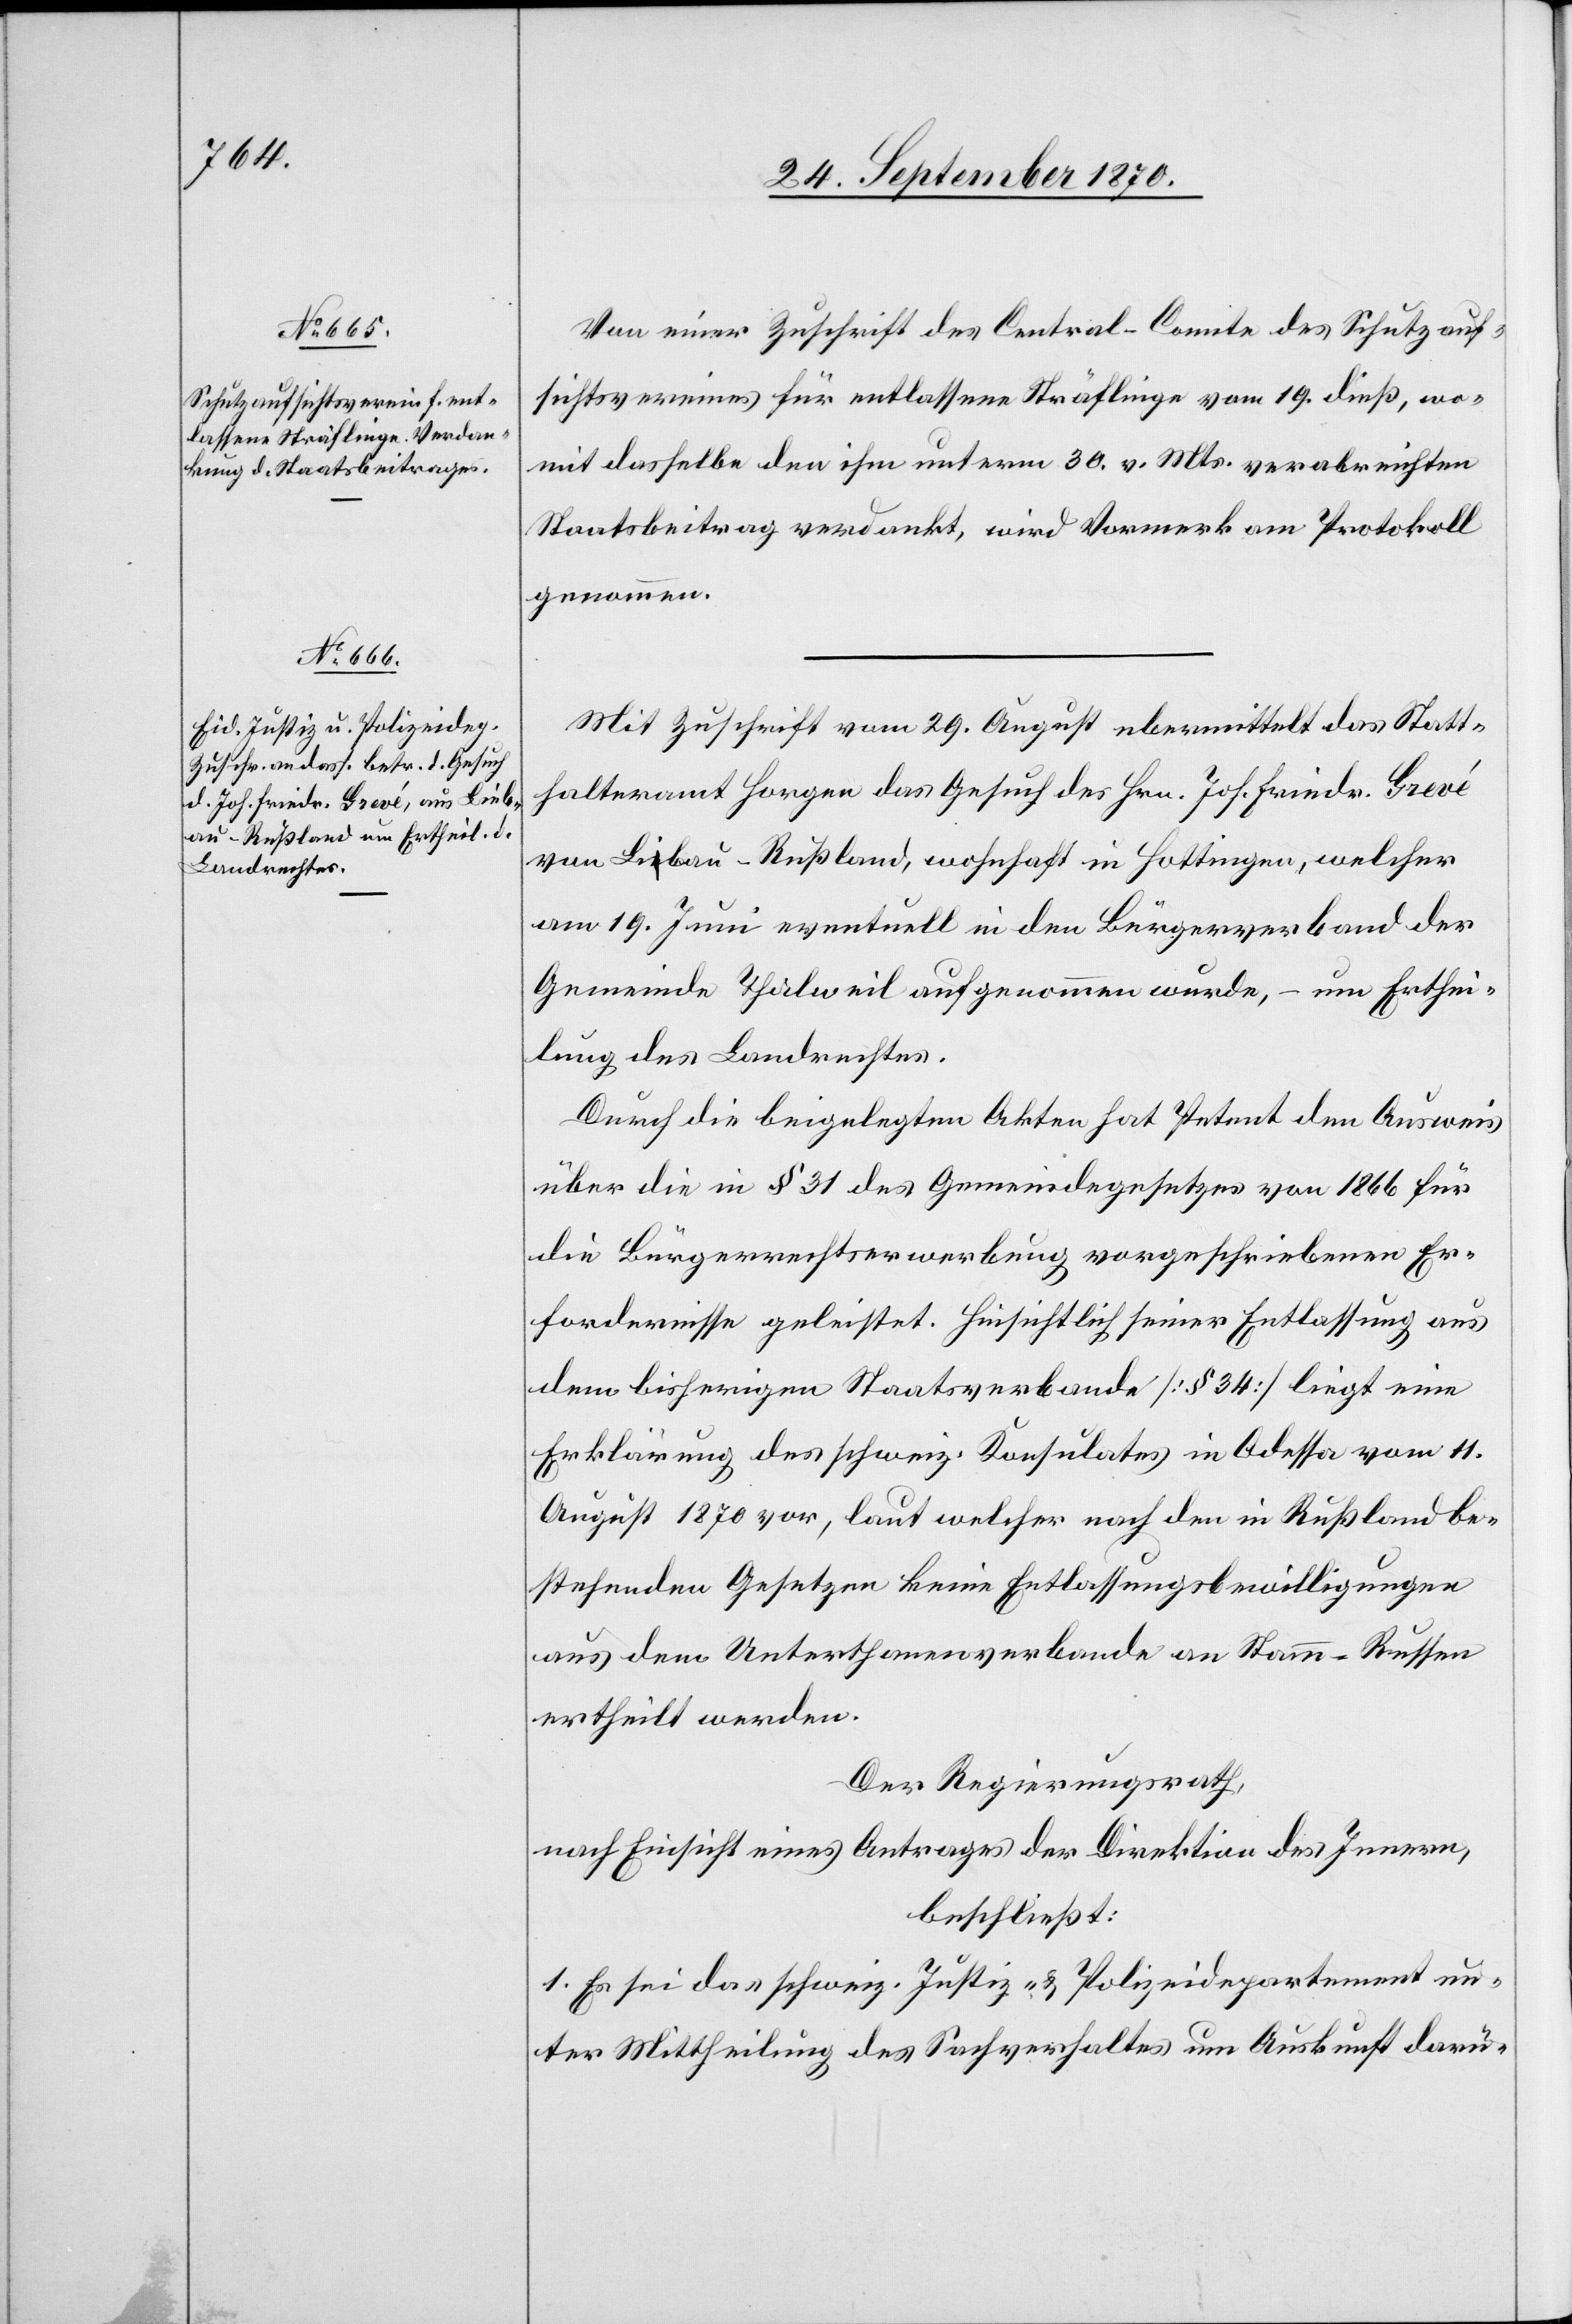
Von einer Zuschrift des Central-Comite des Schutzauf¬
sichtsvereines für entlassene Sträflinge vom 19. dieß, wo¬
mit dasselbe den ihm unterm 30. v. Mts. verabreichten
Staatsbeitrag verdankt, wird Vormerk am Protokoll
genommen.
Mit Zuschrift vom 29. August übermittelt das Statt¬
halteramt Horgen das Gesuch des Hrn. Joh. Friedr. Grevé
von Libau [sic!] - Rußland, wohnhaft in Hottingen, welcher
am 19. Juni eventuell in den Bürgerverband der
Gemeinde Thalweil aufgenommen wurde, – um Erthei¬
lung des Landrechtes.
Durch die beigelegten Akten hat Petent den Ausweis
über die in § 31 des Gemeindegesetzes von 1866 für
die Bürgerrechtserwerbung vorgeschriebenen Er¬
fordernisse geleistet. Hinsichtlich seiner Entlassung aus
dem bisherigen Staatsverbande [§ 34] liegt eine
Erklärung des schweiz. Konsulates in Odessa vom 11.
August 1870 vor, laut welcher nach den in Rußland be¬
stehenden Gesetzen keine Entlassungsbewilligungen
ertheilt werden.
Der Regierungsrath,
nach Einsicht eines Antrages der Direktion des Innern,
beschließt:
1. Es sei das schweiz. Justiz- & Polizeidepartement un¬
ter Mittheilung des Sachverhaltes um Auskunft darü-